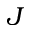
J